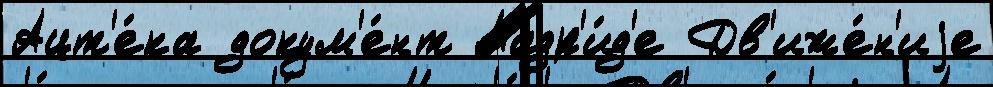
Ацт'е́ка докум'е́нт Мадр'и́д'е Дв'иже́н'иjе